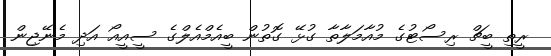
ރީތި ބީޗް ރިސޯޓުގެ މުއާމަލާތާ ގުޅޭ ގޮތުން ބީއެމްއެލްގެ ސީއީއޯ އަދި މެނޭޖިން